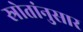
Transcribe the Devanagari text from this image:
स्रोतांनुसार